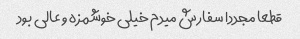
قطعا مجددا سفارش میدم خیلی خوشمزه و عالی بود